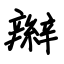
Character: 辮